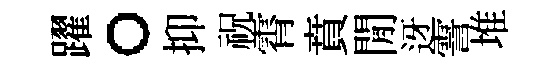
躍。抑祝霄賁閒迓霅堆